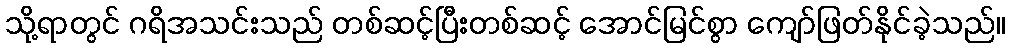
သို့ရာတွင် ဂရိအသင်းသည် တစ်ဆင့်ပြီးတစ်ဆင့် အောင်မြင်စွာ ကျော်ဖြတ်နိုင်ခဲ့သည်။